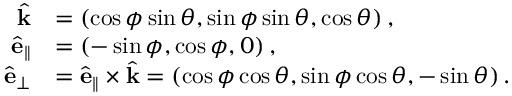
\begin{array} { r l } { \hat { \mathbf { k } } } & { = \left( \cos \phi \sin \theta , \sin \phi \sin \theta , \cos \theta \right) , } \\ { \hat { \mathbf { e } } _ { \parallel } } & { = \left( - \sin \phi , \cos \phi , 0 \right) , } \\ { \hat { \mathbf { e } } _ { \perp } } & { = \hat { \mathbf { e } } _ { \parallel } \times \hat { \mathbf { k } } = \left( \cos \phi \cos \theta , \sin \phi \cos \theta , - \sin \theta \right) . } \end{array}